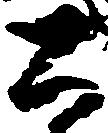
公